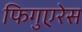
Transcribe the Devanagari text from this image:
फिगुएरेस